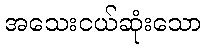
အသေးငယ်ဆုံးသော